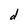
Character: d